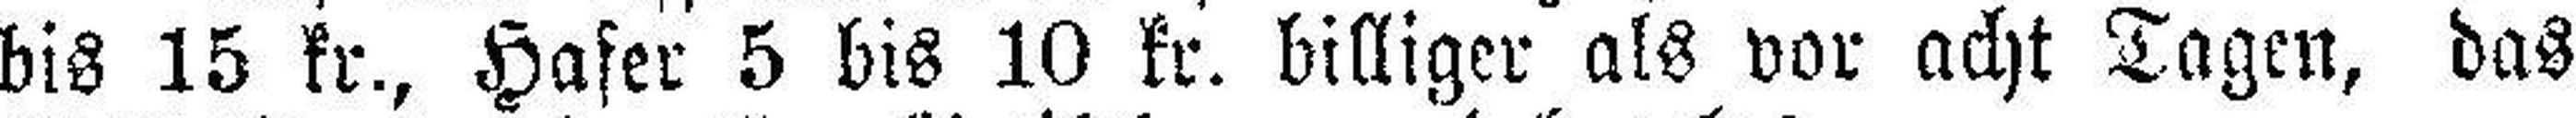
bis 15 kr., Hafer 5 bis 10 kr. billiger als vor acht Tagen, das